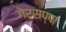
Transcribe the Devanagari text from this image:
गेरसप्पा